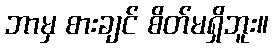
ဘာမှ စားချင် စိတ်မရှိဘူး။